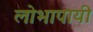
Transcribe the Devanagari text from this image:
लोभापायी